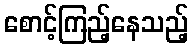
စောင့်ကြည့်နေသည့်